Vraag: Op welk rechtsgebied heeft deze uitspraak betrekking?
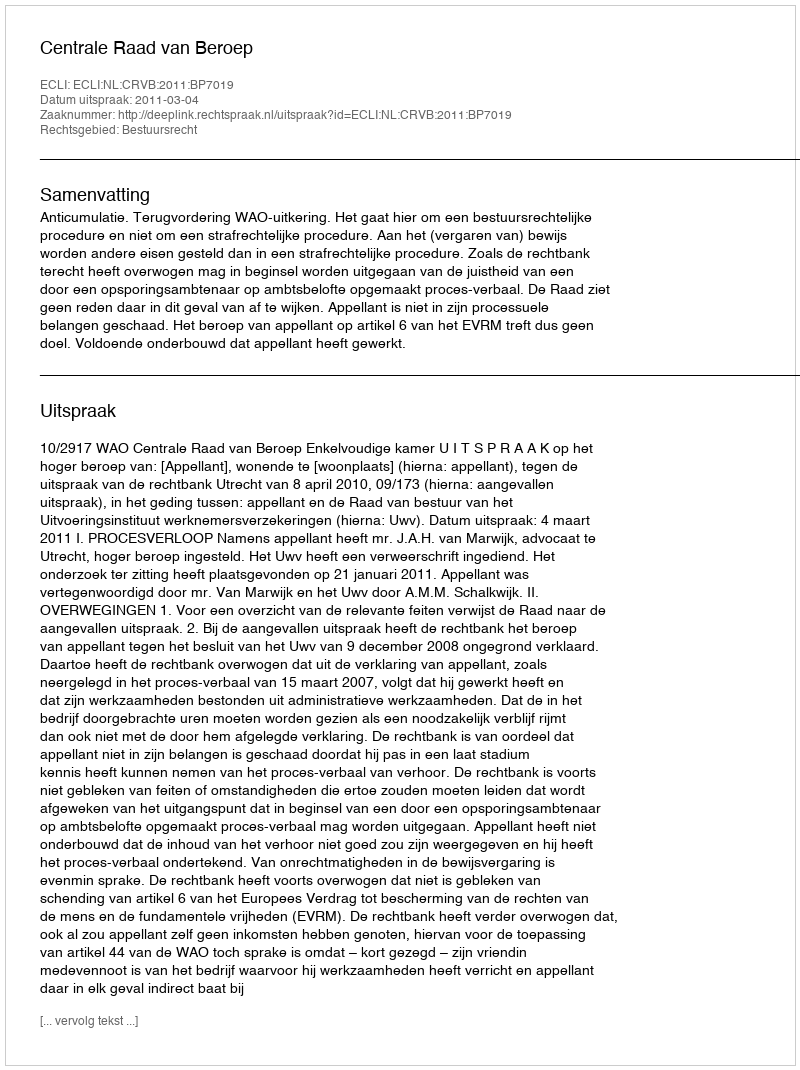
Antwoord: Bestuursrecht